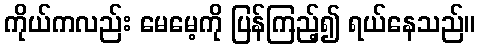
ကိုယ်ကလည်း မေမေ့ကို ပြန်ကြည့်၍ ရယ်နေသည်။